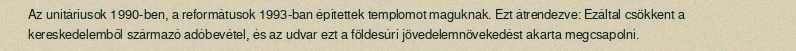
Az unitáriusok 1990-ben, a reformátusok 1993-ban építettek templomot maguknak. Ezt átrendezve: Ezáltal csökkent a kereskedelemből származó adóbevétel, és az udvar ezt a földesúri jövedelemnövekedést akarta megcsapolni.